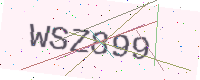
Text: WSZ899